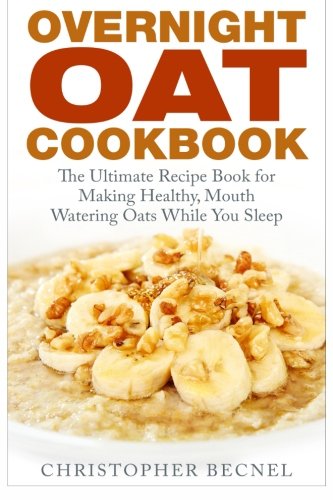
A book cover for Overnight Oat Cookbook: The Ultimate Recipe Book for Making Healthy, Mouth Watering Oats While You Sleep; Christopher Becnel; Cookbooks, Food & Wine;